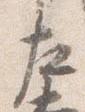
左